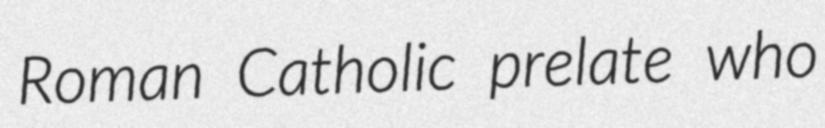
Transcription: Roman Catholic prelate who